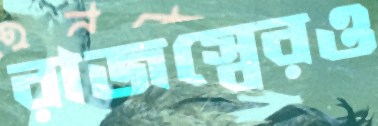
রাজস্বেরও